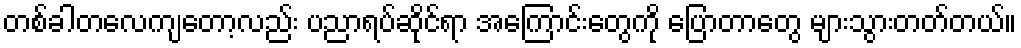
တစ်ခါတလေကျတော့လည်း ပညာရပ်ဆိုင်ရာ အကြောင်းတွေကို ပြောတာတွေ များသွားတတ်တယ်။